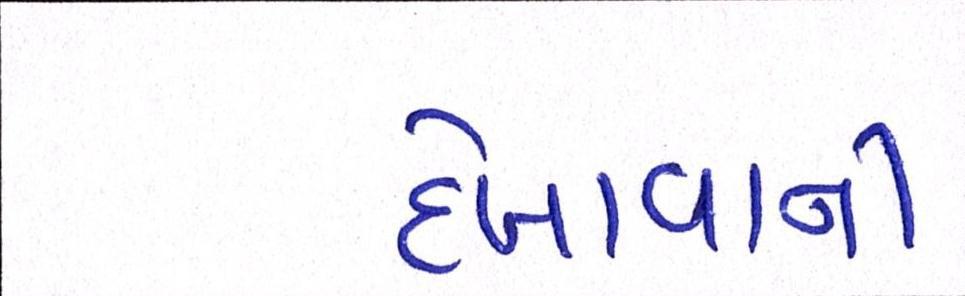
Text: દેખાવાની